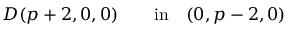
D ( p + 2 , 0 , 0 ) \qquad \mathrm { i n } \quad ( 0 , p - 2 , 0 )